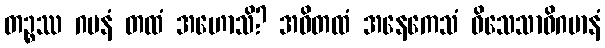
တဉ္စဿ ဂမနံ တထံ အဟောသိ? အဝိတထံ အနေကေသံ ဝိသေသာဓိဂမာနံ